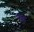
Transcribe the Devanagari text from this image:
पारस्